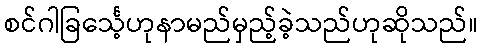
စင်ဂါခြင်္သေ့ဟုနာမည်မှည့်ခဲ့သည်ဟုဆိုသည်။